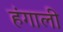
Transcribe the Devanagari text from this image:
हंगाली